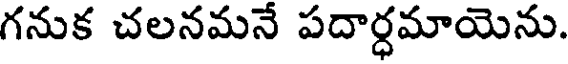
గనుక చలనమనే పదార్ధమాయెను.